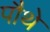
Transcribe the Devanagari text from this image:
पौथे